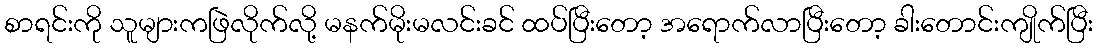
စာရင်းကို သူများကဖြဲလိုက်လို့ မနက်မိုးမလင်းခင် ထပ်ပြီးတော့ အရောက်လာပြီးတော့ ခါးတောင်းကျိုက်ပြီး